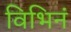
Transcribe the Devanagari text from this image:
विभिनं